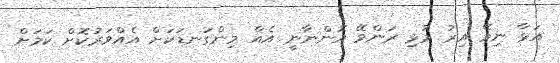
އަޅާ ނިމޭ އިރު މުޅި ރަންވޭ އޮންނާނީ އެއް މިންގަނޑަކަށް އެއްވަރުކޮށް ކަމަށް